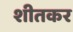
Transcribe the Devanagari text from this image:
शीतकर